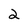
Character: 2